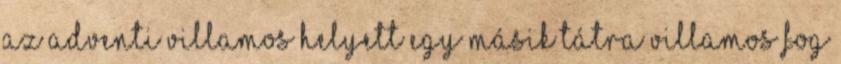
az adventi villamos helyett egy másik Tátra villamos fog